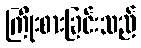
ကြိုးစားခြင်းသည်